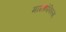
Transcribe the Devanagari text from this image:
माईक्रोफिल्म